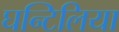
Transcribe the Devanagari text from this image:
घन्टिलिया